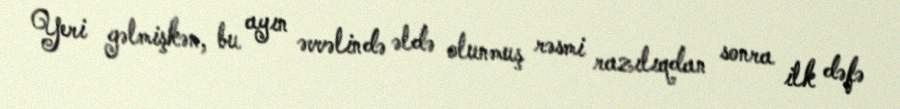
Yeri gəlmişkən, bu ayın əvvəlində əldə olunmuş rəsmi razılıqdan sonra ilk dəfə